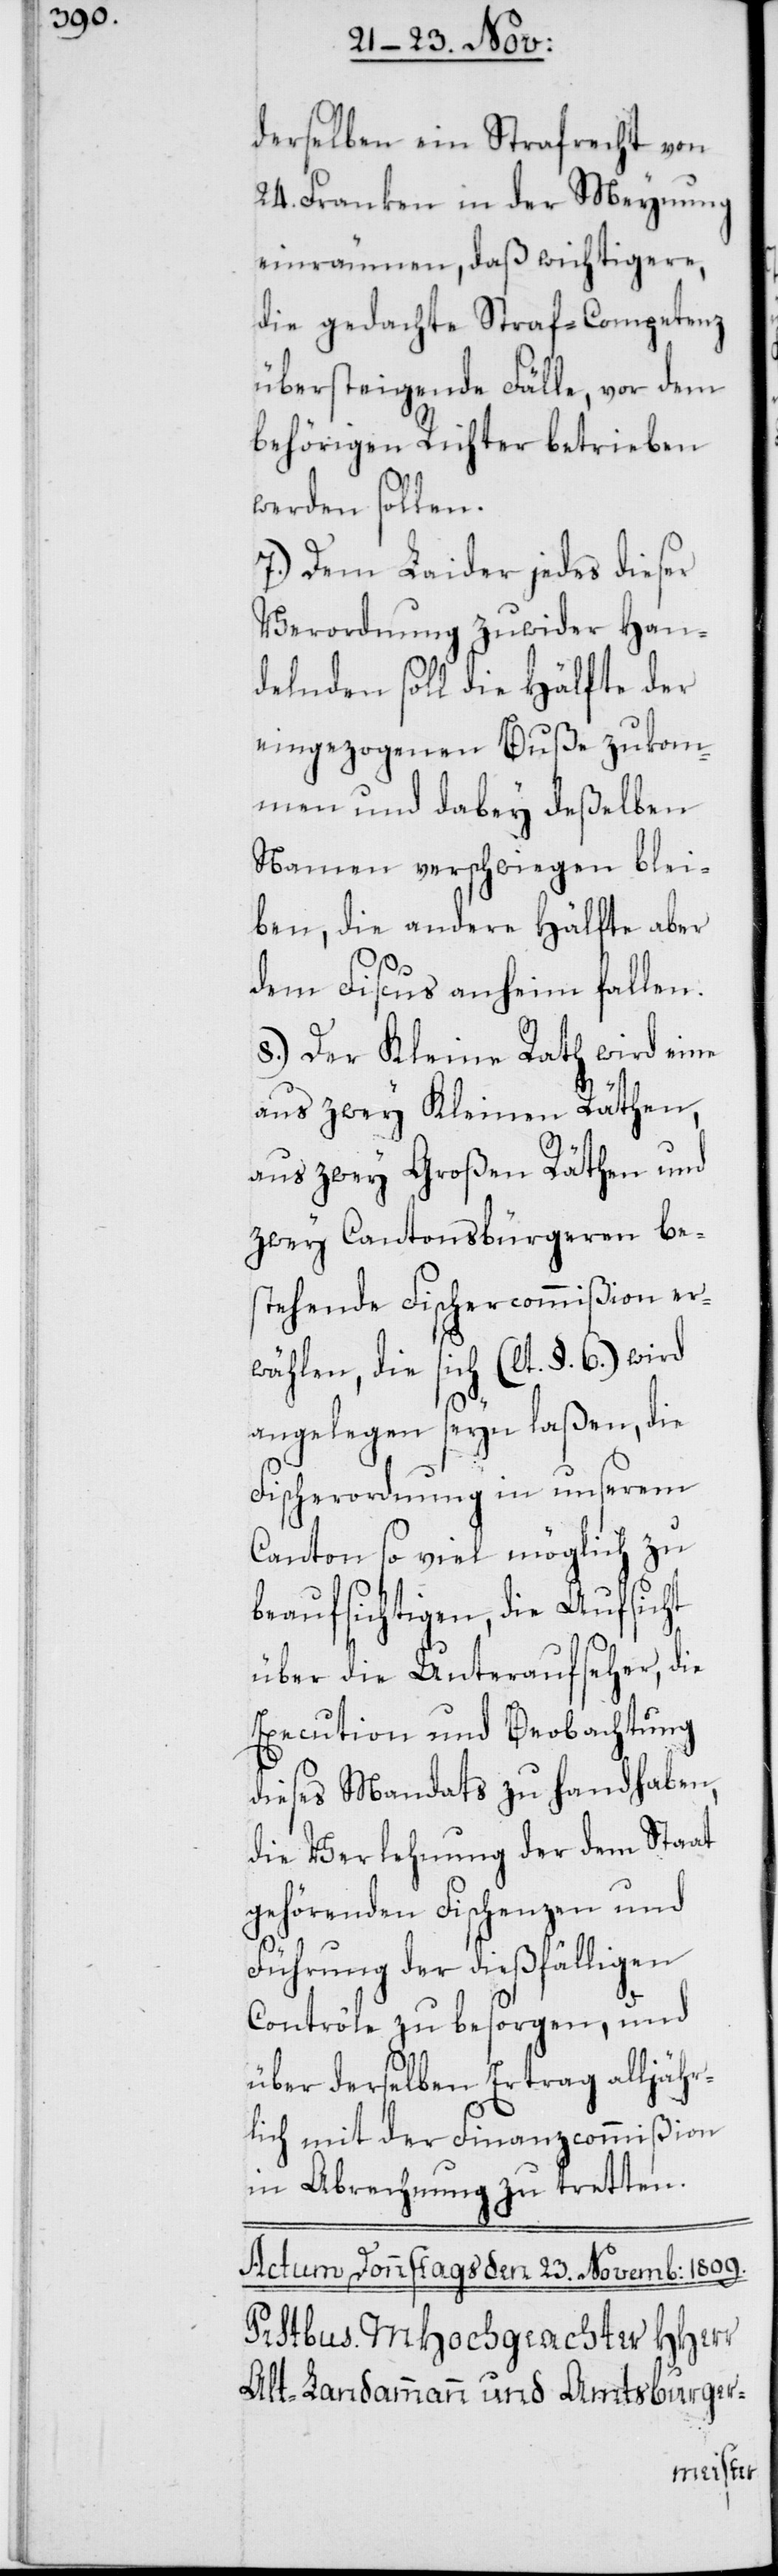
derselben ein Strafrecht von
24. Franken in der Meynung
einräumen, daß wichtigere,
die gedachte Straf-Competenz
übersteigende Fälle, vor dem
behörigen Richter betrieben
werden sollen.
7.) Dem Laider jedes dieser
Verordnung zuwider Han¬
delnden soll die Hälfte der
eingezogenen Buße zukom¬
men und dabey deßelben
Namen verschwiegen blei¬
ben, die andere Hälfte aber
dem Fiscus anheim fallen.
8.) Der Kleine Rath wird eine
aus zwey Kleinen Räthen,
aus zwey Großen Räthen und
zwey Cantonsbürgeren be¬
stehende Fischercommißion er¬
wählen, die sich (lt. §. 6.) wird
angelegen seyn laßen, die
Fischerordnung in unserem
Canton so viel möglich zu
beaufsichtigen, die Aufsicht
über die Unteraufseher, die
Execution und Beobachtung
dieses Mandats zu handhaben,
die Verlehnung der dem Staat
gehörenden Fischenzen und
Führung der dießfälligen
Contrôle zu besorgen, und
über derselben Ertrag alljähr¬
lich mit der Finanzcommißion
in Abrechnung zu tretten.